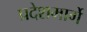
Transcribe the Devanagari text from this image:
प्रदेशमार्गे